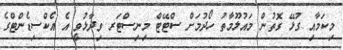
މިކަމާއި ގުޅޭ ގޮތުން މައުލޫމާތު ހޯދުމަށް ސްޓޭޓް މިނިސްޓަރ ވިދާޅުވީ އެ އެކްސިޑެންޓްގެ